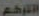
الترجم